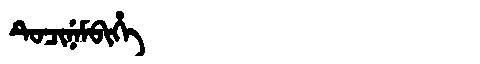
Manchu: ᡨᡠᠴᡳᠨᡝᠮᠪᡳᡥᡝ
Romanization: TUCINEMBIHE